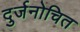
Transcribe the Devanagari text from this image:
दुर्जनोचित